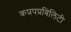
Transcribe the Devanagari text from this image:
कप्रपप्रबिलिटी